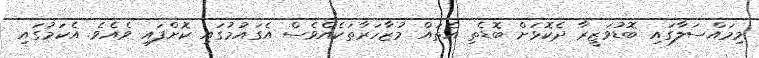
މިމައްސަލާގައި ބޮޑުވަޒީރާ ދެކޮޅަށް ބޮޑެތި އެތައް މުޒާހަރާތަކެއްވެސް އެގައުމުގައި ކޮށްފައި ވެއެވެ. އެކަމުގައި